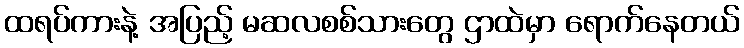
ထရပ်ကားနဲ့ အပြည့် မဆလစစ်သားတွေ ဌာထဲမှာ ရောက်နေတယ်